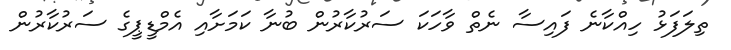
ތިލަފަޅު ހިއްކާނެ ފައިސާ ނެތް ވާހަކަ ސަރުކާރުން ބުނާ ކަމަށާއި އެމްޑީޕީގެ ސަރުކާރުން